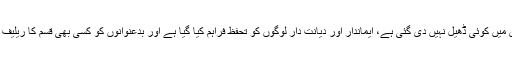
بدعنوان اور کرپٹ عناصر کو اس آرڈیننس میں کوئی ڈھیل نہیں دی گئی ہے، ایماندار اور دیانت دار لوگوں کو تحفظ فراہم کیا گیا ہے اور بدعنوانوں کو کسی بھی قسم کا ریلیف دینے کا یہ حکومت تصور نہیں کرسکتی۔